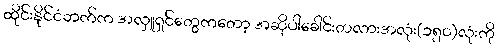
ထိုင်းနိုင်ငံဘက်က အလှူရှင်တွေကတော့ အဆိုပါခေါင်းတလားအလုံး(၁၅၀)လုံးကို